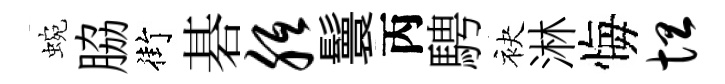
蜿脇街碁胝鬟丙騁袂淋悔坦